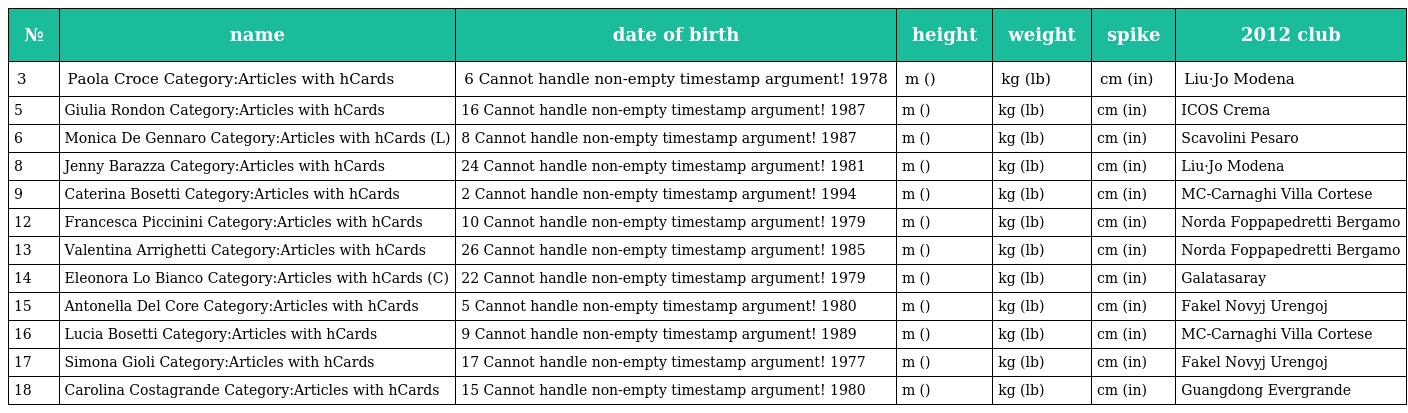
| № | name | date of birth | height | weight | spike | 2012 club |
 | --- | --- | --- | --- | --- | --- | --- |
 | 3 | Paola Croce Category:Articles with hCards | 6 Cannot handle non-empty timestamp argument! 1978 | m () | kg (lb) | cm (in) | Liu·Jo Modena |
 | 5 | Giulia Rondon Category:Articles with hCards | 16 Cannot handle non-empty timestamp argument! 1987 | m () | kg (lb) | cm (in) | ICOS Crema |
 | 6 | Monica De Gennaro Category:Articles with hCards (L) | 8 Cannot handle non-empty timestamp argument! 1987 | m () | kg (lb) | cm (in) | Scavolini Pesaro |
 | 8 | Jenny Barazza Category:Articles with hCards | 24 Cannot handle non-empty timestamp argument! 1981 | m () | kg (lb) | cm (in) | Liu·Jo Modena |
 | 9 | Caterina Bosetti Category:Articles with hCards | 2 Cannot handle non-empty timestamp argument! 1994 | m () | kg (lb) | cm (in) | MC-Carnaghi Villa Cortese |
 | 12 | Francesca Piccinini Category:Articles with hCards | 10 Cannot handle non-empty timestamp argument! 1979 | m () | kg (lb) | cm (in) | Norda Foppapedretti Bergamo |
 | 13 | Valentina Arrighetti Category:Articles with hCards | 26 Cannot handle non-empty timestamp argument! 1985 | m () | kg (lb) | cm (in) | Norda Foppapedretti Bergamo |
 | 14 | Eleonora Lo Bianco Category:Articles with hCards (C) | 22 Cannot handle non-empty timestamp argument! 1979 | m () | kg (lb) | cm (in) | Galatasaray |
 | 15 | Antonella Del Core Category:Articles with hCards | 5 Cannot handle non-empty timestamp argument! 1980 | m () | kg (lb) | cm (in) | Fakel Novyj Urengoj |
 | 16 | Lucia Bosetti Category:Articles with hCards | 9 Cannot handle non-empty timestamp argument! 1989 | m () | kg (lb) | cm (in) | MC-Carnaghi Villa Cortese |
 | 17 | Simona Gioli Category:Articles with hCards | 17 Cannot handle non-empty timestamp argument! 1977 | m () | kg (lb) | cm (in) | Fakel Novyj Urengoj |
 | 18 | Carolina Costagrande Category:Articles with hCards | 15 Cannot handle non-empty timestamp argument! 1980 | m () | kg (lb) | cm (in) | Guangdong Evergrande |